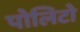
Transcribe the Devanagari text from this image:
पोलिटो